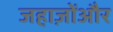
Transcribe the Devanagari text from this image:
जहाज़ोंऔर